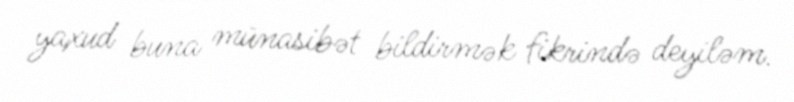
yaxud buna münasibət bildirmək fikrində deyiləm.